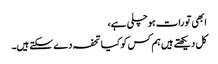
ابھی تو رات ہو چلی ہے،
کل دیکھتے ہیں ہم کس کو کیا تحفہ دے سکتے ہیں۔